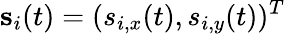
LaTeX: \mathbf s_{i}(t)=(s_{i,x}(t),s_{i,y}(t))^{T}